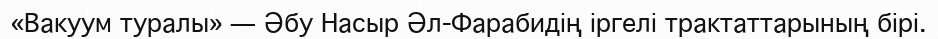
«Вакуум туралы» — Әбу Насыр Әл-Фарабидің іргелі трактаттарының бірі.